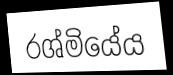
රශ්මියේය